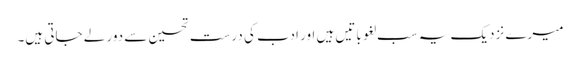
میرے نزدیک یہ سب لغو باتیں ہیں اور ادب کی درست تحسین سے دور لے جاتی ہیں۔